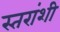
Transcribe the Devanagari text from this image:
स्तरांशी